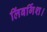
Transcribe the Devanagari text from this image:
लिंबर्गिश।